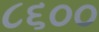
૮૬૦૦